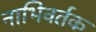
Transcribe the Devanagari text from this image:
नाभिवर्तक